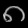
Digit: ၈